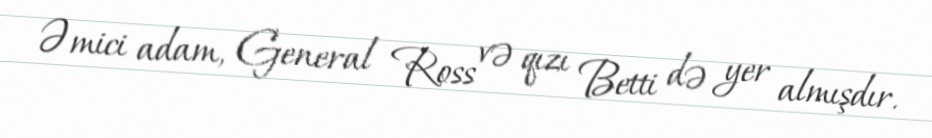
Əmici adam, General Ross və qızı Betti də yer almışdır.